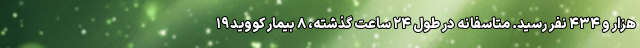
هزار و ۴۳۴ نفر رسید. متاسفانه در طول ۲۴ ساعت گذشته، ۸ بیمار کووید۱۹